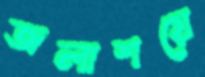
জলাশয়ে